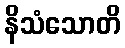
နိသံသောတိ